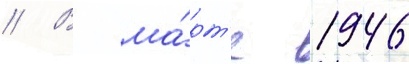
// В ма́рт'е 1946